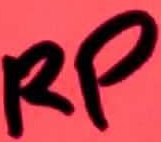
Text: RP